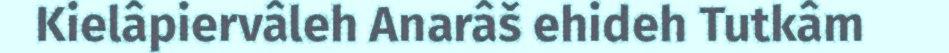
Kielâpiervâleh Anarâš ehideh Tutkâm